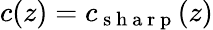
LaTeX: c(z)=c_{\mathrm{~s~h~a~r~p~}}(z)